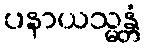
ပနာယသ္မန္တံ